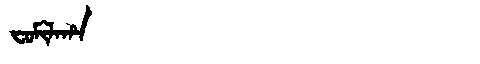
Manchu: ᠸᠣᠮᡳᠯᠠᡥᠠ
Romanization: FOMILAHA